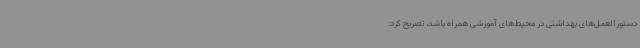
دستورالعمل‌های بهداشتی در محیط‌های آموزشی همراه باشد، تصریح کرد: